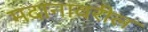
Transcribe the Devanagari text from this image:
मदानावरील